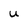
Character: u